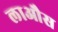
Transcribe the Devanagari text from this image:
लाऔस